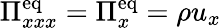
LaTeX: \Pi_{xxx}^{\mathrm{eq}}=\Pi_{x}^{\mathrm{eq}}=\rho u_{x}